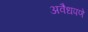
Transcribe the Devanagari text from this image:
अवैधपणे